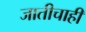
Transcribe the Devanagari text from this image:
जातीचाही